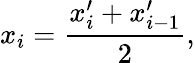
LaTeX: x_{i}=\frac{x_{i}^{\prime}+x_{i-1}^{\prime}}{2},